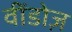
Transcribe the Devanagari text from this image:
वींडोज़